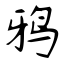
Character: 鸦